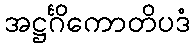
အဋ္ဌင်္ဂိကောတိပဒံ